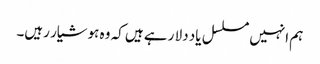
ہم انہیں مسلسل یاد دلا رہے ہیں کہ وہ ہوشیار رہیں۔